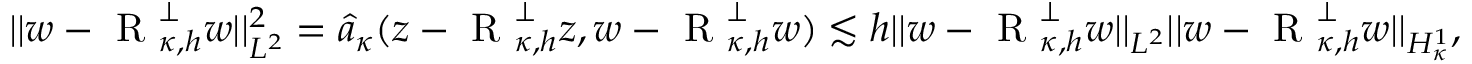
\lvert | w - \textup { R } _ { \kappa , h } ^ { \perp } w \rvert | _ { L ^ { 2 } } ^ { 2 } = \hat { a } _ { \kappa } ( z - \textup { R } _ { \kappa , h } ^ { \perp } z , w - \textup { R } _ { \kappa , h } ^ { \perp } w ) \lesssim h \lvert | w - \textup { R } _ { \kappa , h } ^ { \perp } w \rvert | _ { L ^ { 2 } } \lvert | w - \textup { R } _ { \kappa , h } ^ { \perp } w \rvert | _ { H _ { \kappa } ^ { 1 } } ,